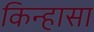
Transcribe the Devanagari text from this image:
किन्हासा